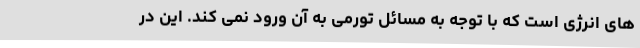
های انرژی است که با توجه به مسائل تورمی به آن ورود نمی کند. این در